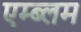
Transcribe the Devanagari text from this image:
एम्ब्लम